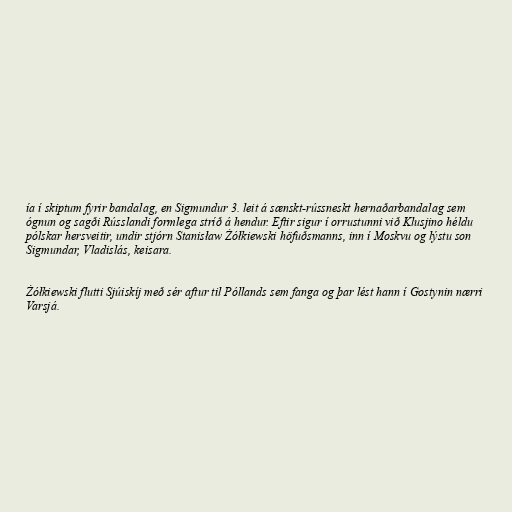
ía í skiptum fyrir bandalag, en Sigmundur 3. leit á sænskt-rússneskt hernaðarbandalag sem
ógnun og sagði Rússlandi formlega stríð á hendur. Eftir sigur í orrustunni við Klusjino héldu
pólskar hersveitir, undir stjórn Stanisław Żółkiewski höfuðsmanns, inn í Moskvu og lýstu son
Sigmundar, Vladislás, keisara.

Żółkiewski flutti Sjúiskíj með sér aftur til Póllands sem fanga og þar lést hann í Gostynin nærri
Varsjá.